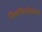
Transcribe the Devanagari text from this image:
निसंधिग्दीकरण